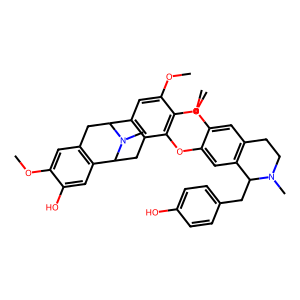
SMILES: COc1cc2c(cc1O)C1Cc3c(cc(OC)c(OC)c3Oc3cc4c(cc3OC)CCN(C)C4Cc3ccc(O)cc3)C(C2)N1C
Inhibits HIV replication: No